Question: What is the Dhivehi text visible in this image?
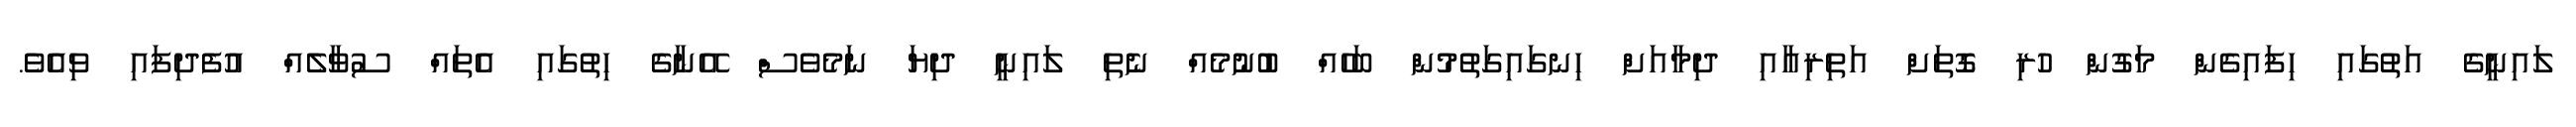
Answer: ލައިނީގެ އަތުގައި ހިފައިގެން މަގުން ހުރި ގޮތަށް އަތިރިއާއި ދިމާއަށް ހިނގައިގަތުމުން ބަހެއް ބުނުމެއް ނެތި ލައިނީ ދިޔަ ނަމެވެސް އޭނާގެ ހިތުގައި އެތައް ސުވާލެއް އުފެދިފައި ވިއެވެ.